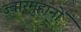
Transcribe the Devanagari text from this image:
ज्वारमुहानों